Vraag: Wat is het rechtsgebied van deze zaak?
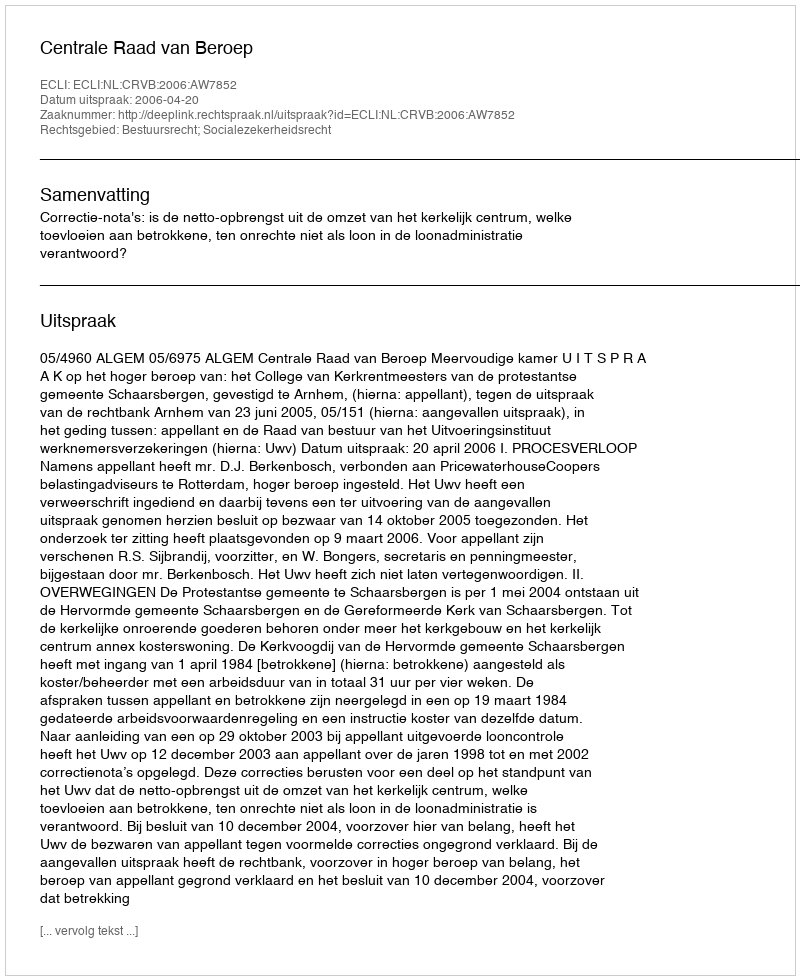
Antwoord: Bestuursrecht; Socialezekerheidsrecht